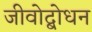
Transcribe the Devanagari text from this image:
जीवोद्बोधन